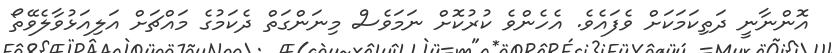
އޮންނާނީ ދަތިކަމަކަށް ވެފައެވެ. އެހެންވެ ކުރުކޮށް ނަމަވެސް މިނަންގަތް ދެކަމުގެ މައްޗަށް އަލިއަޅުވާލެވޭތޯ